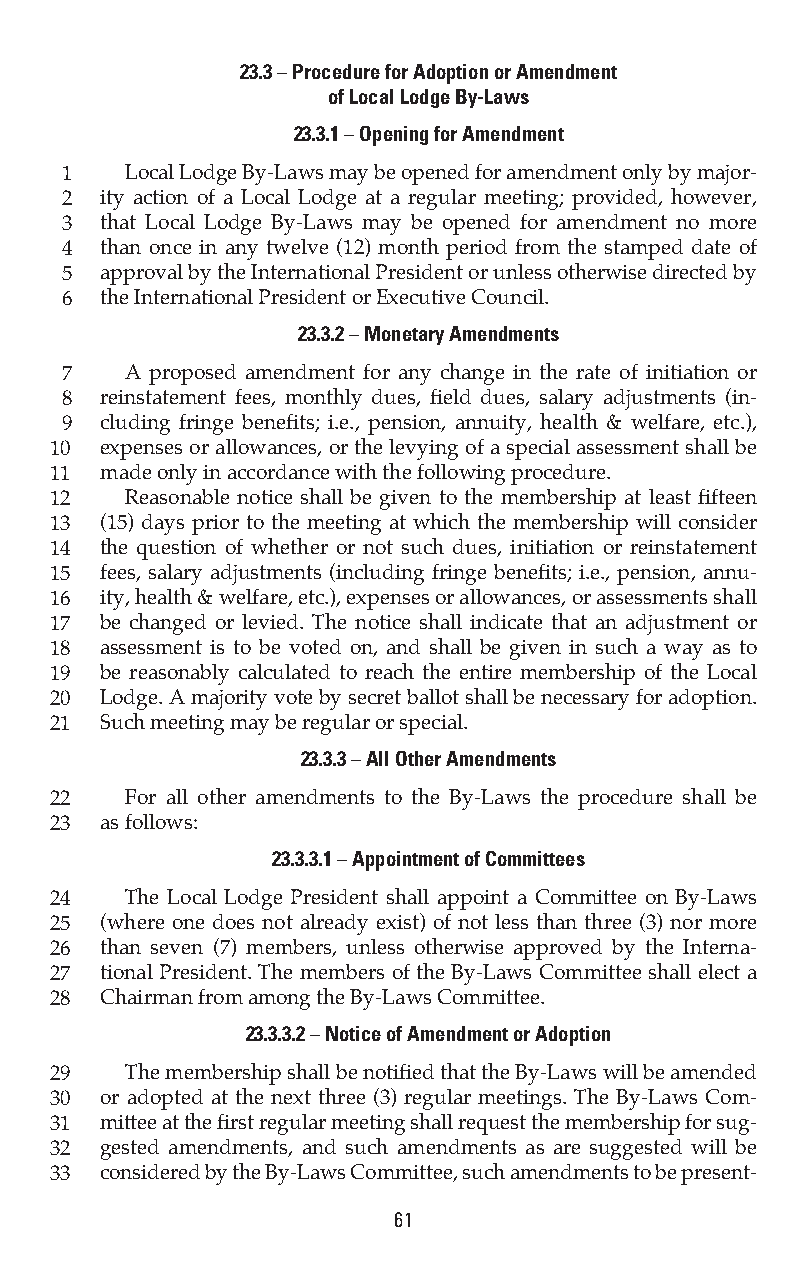
23.3 – Procedure for Adoption or Amendment
 of Local Lodge By-Laws
 23.3.1 – Opening for Amendment
 1   Local Lodge By-Laws may be opened for amendment only by major-
 2  ity action of a Local Lodge at a regular meeting; provided, however,
 3  that Local Lodge By-Laws may be opened for amendment no more
 4  than once in any twelve (12) month period from the stamped date of
 5  approval by the International President or unless otherwise directed by
 6  the International President or Executive Council.
 23.3.2 – Monetary Amendments
 7   A proposed amendment for any change in the rate of initiation or
 8  reinstatement fees, monthly dues, field dues, salary adjustments (in-
 9  cluding fringe benefits; i.e., pension, annuity, health & welfare, etc.),
 10  expenses or allowances, or the levying of a special assessment shall be
 11  made only in accordance with the following procedure.
 12   Reasonable notice shall be given to the membership at least fifteen
 13  (15) days prior to the meeting at which the membership will consider
 14  the question of whether or not such dues, initiation or reinstatement
 15  fees, salary adjustments (including fringe benefits; i.e., pension, annu-
 16  ity, health & welfare, etc.), expenses or allowances, or assessments shall
 17  be changed or levied. The notice shall indicate that an adjustment or
 18  assessment is to be voted on, and shall be given in such a way as to
 19  be reasonably calculated to reach the entire membership of the Local
 20  Lodge. A majority vote by secret ballot shall be necessary for adoption.
 21  Such meeting may be regular or special.
 23.3.3 – All Other Amendments
 22   For all other amendments to the By-Laws the procedure shall be
 23  as follows:
 23.3.3.1 – Appointment of Committees
 24   The Local Lodge President shall appoint a Committee on By-Laws
 25  (where one does not already exist) of not less than three (3) nor more
 26  than seven (7) members, unless otherwise approved by the Interna-
 27  tional President. The members of the By-Laws Committee shall elect a
 28  Chairman from among the By-Laws Committee.
 23.3.3.2 – Notice of Amendment or Adoption
 29   The membership shall be notified that the By-Laws will be amended
 30  or adopted at the next three (3) regular meetings. The By-Laws Com-
 31  mittee at the first regular meeting shall request the membership for sug-
 32  gested amendments, and such amendments as are suggested will be
 33  considered by the By-Laws Committee, such amendments to be present-
 61